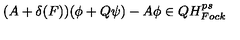
( A + \delta ( F ) ) ( \phi + Q \psi ) - A \phi \in Q H _ { F o c k } ^ { p s }